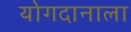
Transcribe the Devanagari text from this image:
योगदानाला